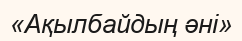
«Ақылбайдың әні»